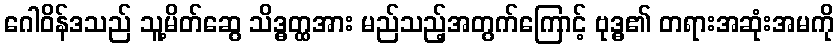
ဂေါဝိန်ဒသည် သူ့မိတ်ဆွေ သိဒ္ဓတ္ထအား မည်သည့်အတွက်ကြောင့် ဗုဒ္ဓ၏ တရားအဆုံးအမကို